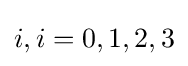
i,i=0,1,2,3